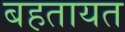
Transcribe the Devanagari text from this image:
बहतायत